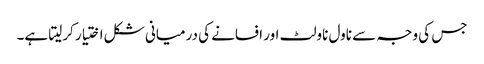
جس کی وجہ سے ناول ناولٹ اور افسانے کی درمیانی شکل اختیار کرلیتا ہے۔